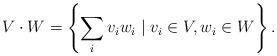
LaTeX: \begin{align*}V\cdot W = \left\{\sum_i v_iw_i \mid v_i\in V,w_i\in W\right\}.\end{align*}